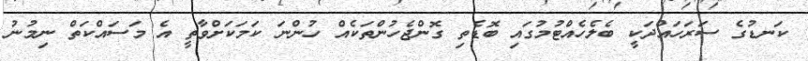
ކަނޑުގެ ސަރަހައްދަކީ ބެލެހެއްޓުމުގައި ބޮޑެތި ގޮންޖެހުންތަކެއް ހުންނަ ކަމަކަށްވާތީ އެ މަސައްކަތް ނިމުނު